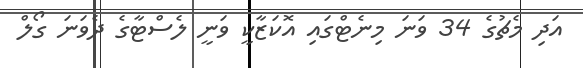
އަދި މެޗުގެ 34 ވަނަ މިނެޓްގައި އޮކަޒާކީ ވަނީ ލެސްޓާގެ ދެވަނަ ގޯލް